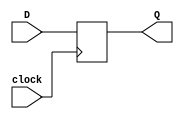
`default_nettype none
`timescale 1ns/100ps

// Banco de flip-flops
module FFD_POSEDGE #( parameter SIZE = 8) (
	input wire                clock,
	input wire [SIZE - 1 : 0] D,
	output reg [SIZE - 1 : 0] Q	
);
	
	always @ (posedge clock)
		Q <= D;
		
endmodule

// Mux de 2 a 1

module mux2to1 #( parameter SIZE = 10) (
	input wire                 select,
	input wire  [SIZE - 1 : 0] data0,
	input wire  [SIZE - 1 : 0] data1,	
	output wire [SIZE - 1 : 0] data_out
);

	assign data_out = select ? data1 : data0 ;
	
endmodule

// contador hacia arriba

module UP_COUNTER #( parameter INIT_VALUE = 4'b0) (
	input wire       Reset,
	input wire       clock,
	output reg [3:0] Q
);

	always @ (posedge clock)
	begin
		if(Reset)
			Q = INIT_VALUE;
		else
			Q = Q + 1;
	end
	
endmodule

// Sub-bloque elctrico del transmisor

module TX_I_O(
	input wire  TRANSCLK,
	input wire  data,
	input wire  TXIDLE,
	input wire  RXDET,
	output reg  RXDET_O,
	output wire TX_P,
	output wire TX_N
);

	reg tmp;
	
	assign TX_P = TXIDLE ? 1'b1 : data;
	assign TX_N = TXIDLE ? 1'b1 : ~data;
	
	always @ (posedge TRANSCLK)
		RXDET_O <= #7 RXDET & tmp;

endmodule

// Sub-bloque elctrico del receptor

module RX_I_O(
	input wire RX_P,
	input wire RX_N,
	output reg RXIDLE,
	output reg data_out
);

	always @ (RX_P or RX_N)
	begin
		data_out <= RX_P;
		
		if(RX_P == RX_N)
			RXIDLE <= 1'b1;
		else
			RXIDLE <= 1'b0;
	end

endmodule

module K285DET(
	input wire TRANSCLK,
	input wire [9:0] data_in,
	output reg SYMBOL_CLK,
	output reg RXVALID
);

endmodule

module status(

	input wire       SKP_ADDED,
	input wire       SKP_REMOVED,
	input wire       RXDET_O, /////////////Check!! It should be PhyStatus not RxDet_O
	input wire       DECODE_ERROR,
	input wire       BUFF_OVERFLOW,
	input wire       BUFF_UNDERFLOW,
	input wire       DISPARITY_ERROR,
	output reg [2:0] RXSTATUS
);
	always @(*)
		//in order of priority
		if(RXDET_O) 
			RXSTATUS = 3'b011;
		else if(DECODE_ERROR)
		    RXSTATUS = 3'b100;
		else if(BUFF_OVERFLOW)   
			RXSTATUS = 3'b101;
		else if(BUFF_UNDERFLOW)  
			RXSTATUS = 3'b110;
		else if(DISPARITY_ERROR) 
			RXSTATUS = 3'b111;
		else if(SKP_ADDED) 		 
			RXSTATUS = 3'b001;
		else if(SKP_REMOVED) 	 
			RXSTATUS = 3'b010;
		else 		 
			RXSTATUS = 3'b000;
endmodule